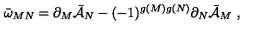
\bar { \omega } _ { M N } = \partial _ { M } \bar { \cal { A } } _ { N } - ( - 1 ) ^ { g ( M ) g ( N ) } \partial _ { N } \bar { \cal { A } } _ { M } \ ,